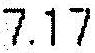
7.17